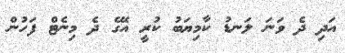
އަދި ދެ ވަނަ ލަނޑު ކާމިޔަބު ކުރީ އޭގެ ދެ މިނެޓް ފަހުން